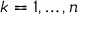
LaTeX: k = 1 , \ldots , n